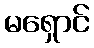
မရှောင်